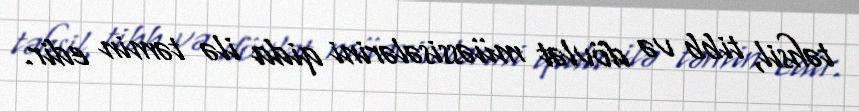
təhsil, tibb və dövlət müəssisələrini qida ilə təmin edir.